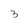
Character: 3